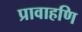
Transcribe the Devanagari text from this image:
प्रावाहणि